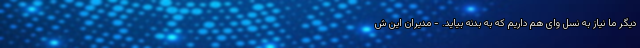
دیگر ما نیاز به نسل وای هم داریم که به بدنه بیاید. - مدیران این ش